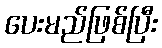
ပေးမည်ဖြစ်ပြီး